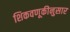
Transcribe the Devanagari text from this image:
शिकवणूकीनुसार